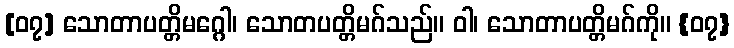
[၀၇] သောတာပတ္တိမဂ္ဂေါ၊ သောတပတ္တိမဂ်သည်။ ဝါ၊ သောတာပတ္တိမဂ်ကို။ {၀၇}